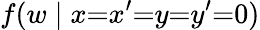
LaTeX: f(w\mid x{=}x^{\prime}{=}y{=}y^{\prime}{=}0)